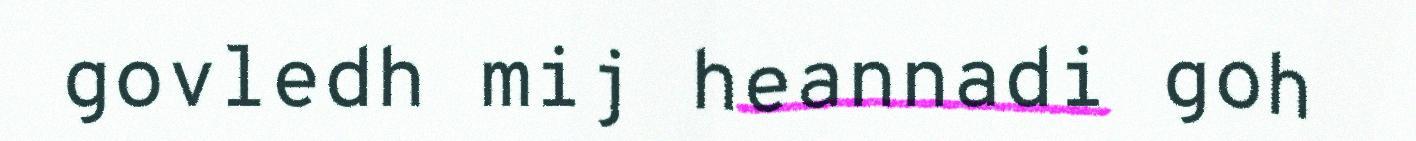
govledh mij heannadi goh